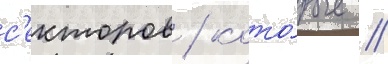
с'екторов / кото́рые /